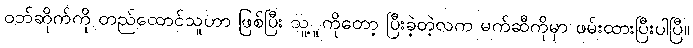
ဝဘ်ဆိုက်ကို တည်ထောင်သူဟာ ဖြစ်ပြီး သူ့ူကိုတော့ ပြီးခဲ့တဲ့လက မက်ဆီကိုမှာ ဖမ်းထားပြီးပါပြီ။